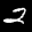
Label: 2